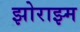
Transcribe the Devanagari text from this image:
झोराझ्म